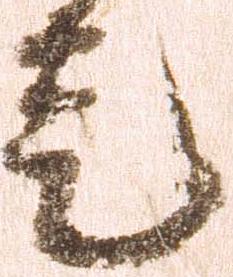
走